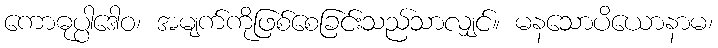
ကောဓုပ္ပါဒေါဝ၊ အမျက်ကိုဖြစ်စေခြင်းသည်သာလျှင်။ မနသောပိယောနာမ၊